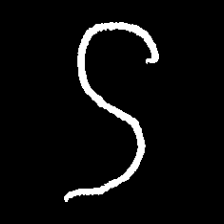
Pyu character \u2014 Myanmar letter: ဌ (romanized: ttha)